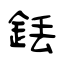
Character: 銩